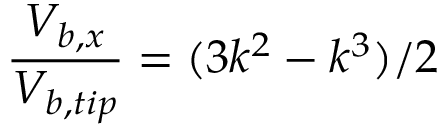
\frac { V _ { b , x } } { V _ { b , t i p } } = ( 3 k ^ { 2 } - k ^ { 3 } ) / 2